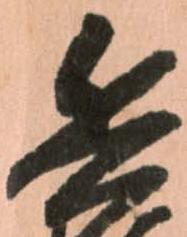
兵